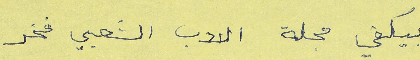
بيكفي مجلة الادب الشعبي فخر